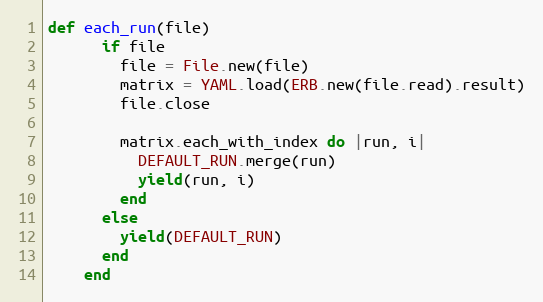
Language: Ruby
def each_run(file)
      if file
        file = File.new(file)
        matrix = YAML.load(ERB.new(file.read).result)
        file.close

        matrix.each_with_index do |run, i|
          DEFAULT_RUN.merge(run)
          yield(run, i)
        end
      else
        yield(DEFAULT_RUN)
      end
    end